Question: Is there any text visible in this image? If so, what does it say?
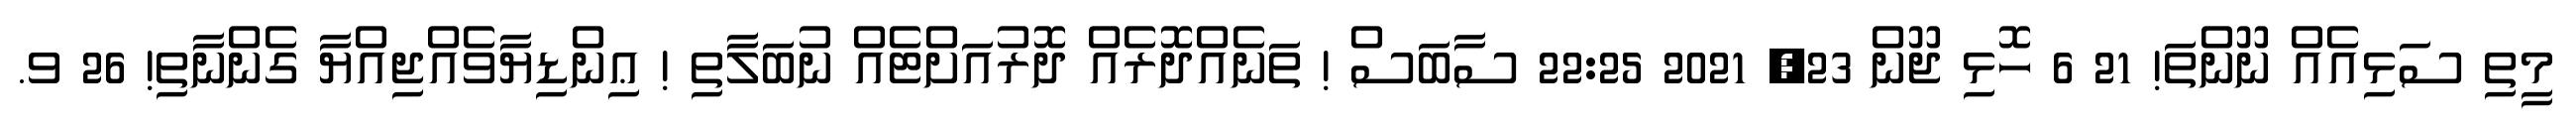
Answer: މީތި ސަޅިއެއް ނޫންތަ! 21 6 ހޮޅި ޖޫން 23, 2021 22:25 ސާބަސް ! ތަނެއްދޮރެއް ދޮރުއަށްޓެއް ނުބަލާތި ! ޢިންޑިޔާވެއްޖިއްޔާ ގެންނާތި! 26 ވ.